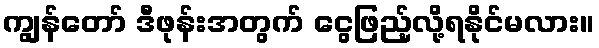
ကျွန်တော် ဒီဖုန်းအတွက် ငွေဖြည့်လို့ရနိုင်မလား။